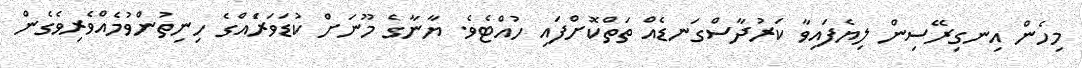
މިހެން އިނގިރޭސިން ލިޔެފައިވާ ކަރުދާސްގަނޑެއް ތަތްކޮށްފައި ހުއްޓެވެ. ޔާނާގެ މޫނަށް ކުޑަވަރަެއްގެ ހިނިތުންވުމެއްވެރިވެގެން